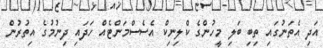
އަދި އެތަނުގައި ތިބި ބަލި މީހުންގެ ކްލިނިކް އެސެސްމަންޓެއް ހަދައި ދިނުމުގެ އިތުރުން